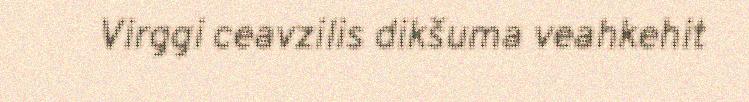
Virggi ceavzilis dikšuma veahkehit